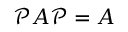
\mathcal { P } A \mathcal { P } = A